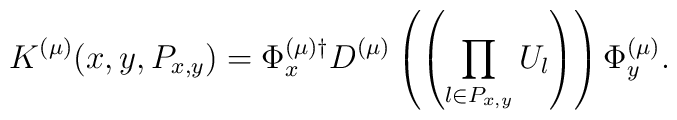
K^{(\mu)} (x, y , P_{x,y}) = \Phi_x^{(\mu) \dagger} D^{(\mu)}\left( \left( \prod_{l \in P_{x,y}} U_l \right) \right) \Phi_y^{(\mu)}.